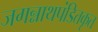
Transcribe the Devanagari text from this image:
जगन्नाथपंडितकृत